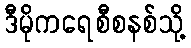
ဒီမိုကရေစီစနစ်သို့